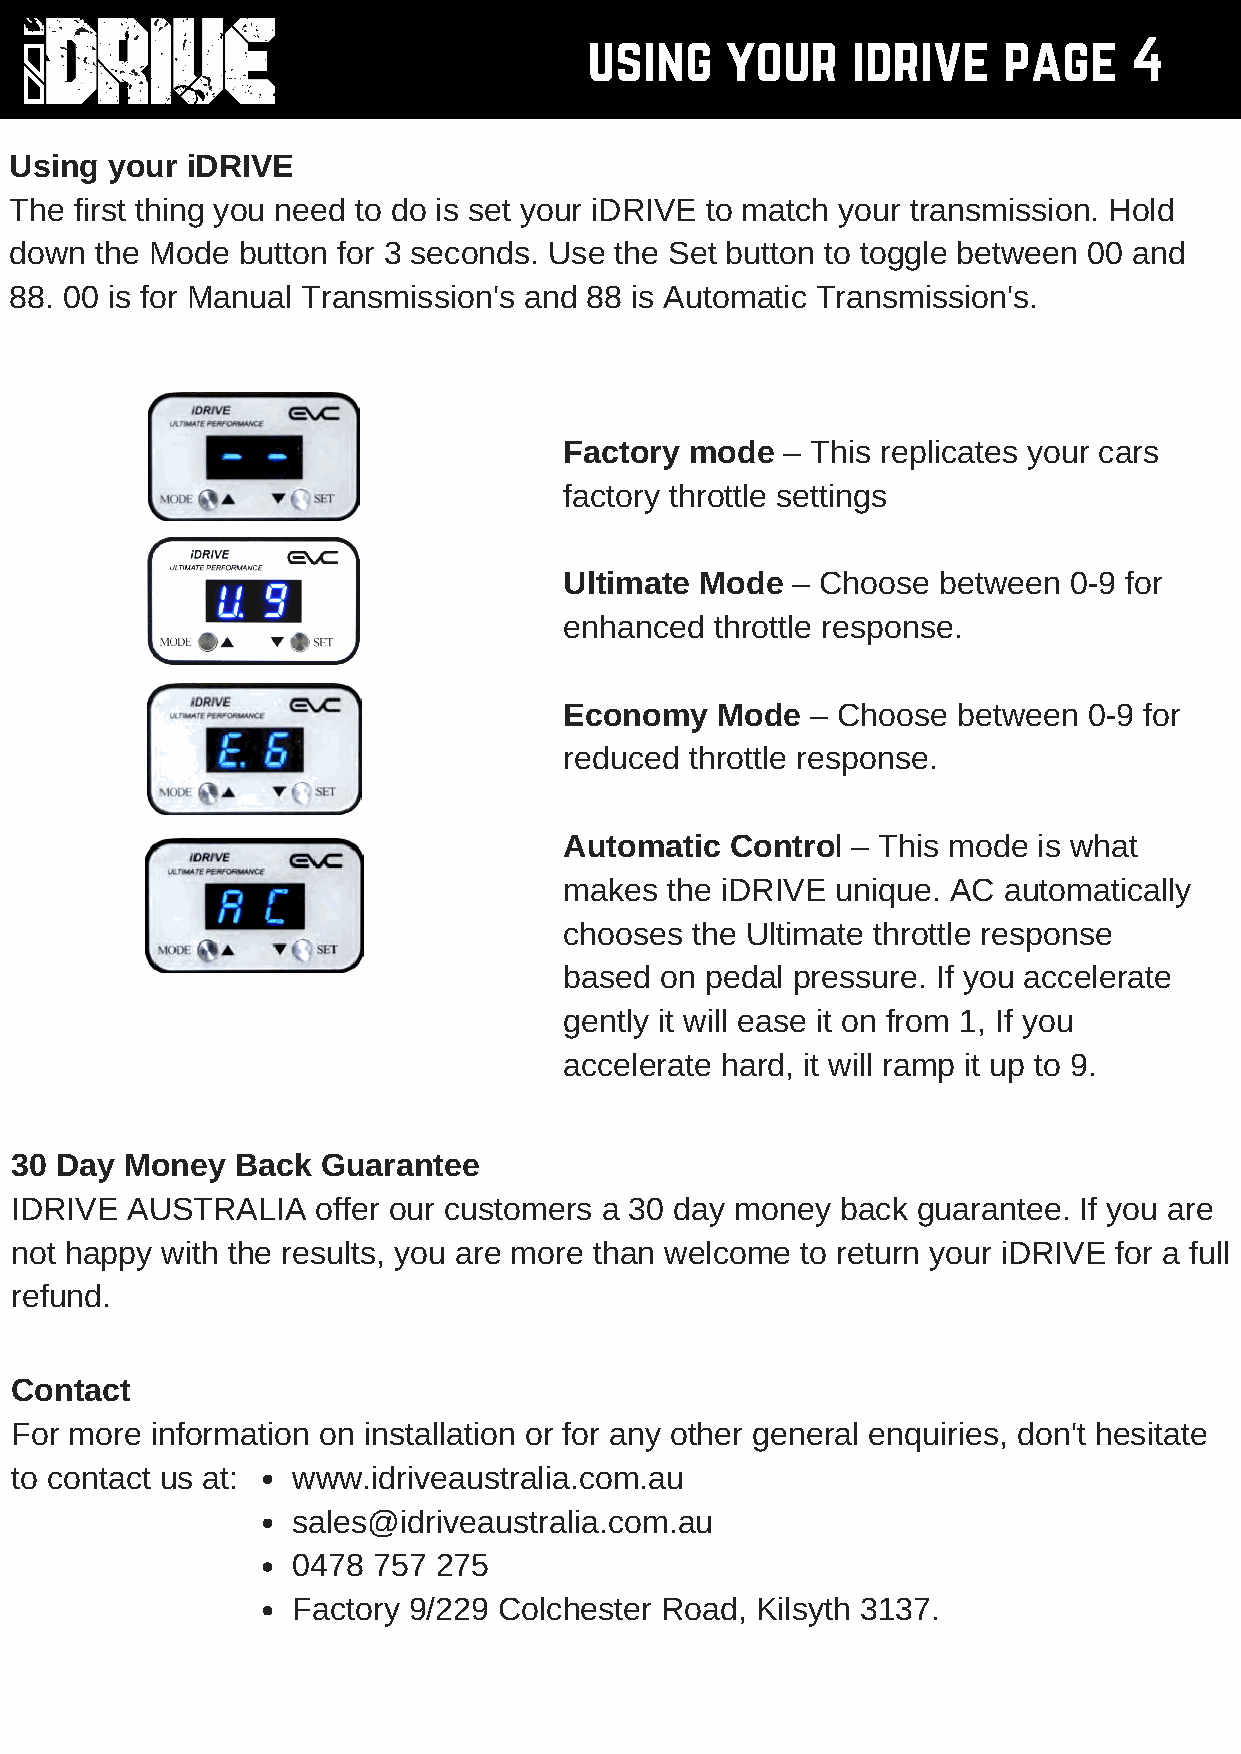
using    your    idrive    page     4
 Using your iDRIVE
 The first thing you need to do is set your iDRIVE to match your transmission. Hold
 down the Mode  button for 3 seconds. Use the Set button to toggle between 00 and
 88. 00 is for Manual Transmission's and 88 is Automatic Transmission's.
 Factory  mode  – This replicates your cars
 factory throttle settings
 Ultimate Mode  – Choose  between  0-9 for
 enhanced  throttle response.
 Economy   Mode   – Choose between  0-9 for
 reduced  throttle response.
 Automatic  Control – This mode  is what
 makes  the iDRIVE unique. AC automatically
 chooses  the Ultimate throttle response
 based  on pedal pressure. If you accelerate
 gently it will ease it on from 1, If you
 accelerate hard, it will ramp it up to 9.
 30 Day Money   Back Guarantee
 IDRIVE AUSTRALIA    offer our customers a 30 day money back guarantee. If you are
 not happy with the results, you are more than welcome to return your iDRIVE for a full
 refund.
 Contact
 For more information on installation or for any other general enquiries, don't hesitate
 to contact us at: www.idriveaustralia.com.au
 sales@idriveaustralia.com.au
 0478  757 275
 Factory 9/229 Colchester Road, Kilsyth 3137.